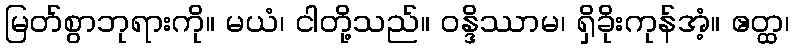
မြတ်စွာဘုရားကို။ မယံ၊ ငါတို့သည်။ ဝန္ဒိဿာမ၊ ရှိခိုးကုန်အံ့။ ဧတ္ထ၊